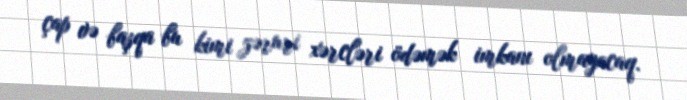
çap və başqa bu kimi zəruri xərcləri ödəmək imkanı olmayacaq.